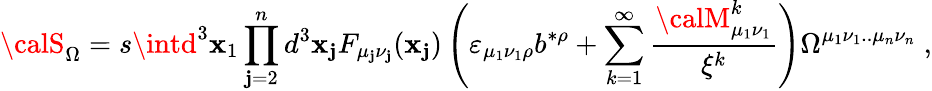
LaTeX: {\calS}_{\Omega}=s\intd^{3}\mathbf{x}_{1}\prod_{\mathbf{j}=2}^{n}d^{3}\mathbf{x}_{\mathbf{j}}F_{\mu_{\mathbf{j}}\nu_{\mathbf{j}}}(\mathbf{x}_{\mathbf{j}})\left(\varepsilon_{\mu_{1}\nu_{1}\rho}b^{*\rho}+\sum_{k=1}^{\infty}\frac{{{\calM}_{\mu_{1}\nu_{1}}^{k}}}{{\xi^{k}}}\right)\Omega^{\mu_{1}\nu_{1}..\mu_{n}\nu_{n}}\; ,